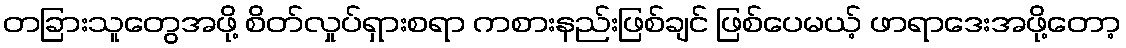
တခြားသူတွေအဖို့ စိတ်လှုပ်ရှားစရာ ကစားနည်းဖြစ်ချင် ဖြစ်ပေမယ့် ဖာရာဒေးအဖို့တော့